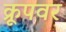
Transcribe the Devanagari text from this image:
क्रूपवर